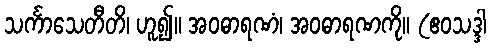
သင်္ကာသေတီတိ၊ ဟူ၍။ အဝဓာရဏံ၊ အဝဓာရဏကို။ (ဧဝသဒ္ဒါ